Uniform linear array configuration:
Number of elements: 24
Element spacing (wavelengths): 0.25
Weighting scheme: cosine
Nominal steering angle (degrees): -30
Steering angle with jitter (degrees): -29.669
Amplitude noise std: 0.05
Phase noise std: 0.05

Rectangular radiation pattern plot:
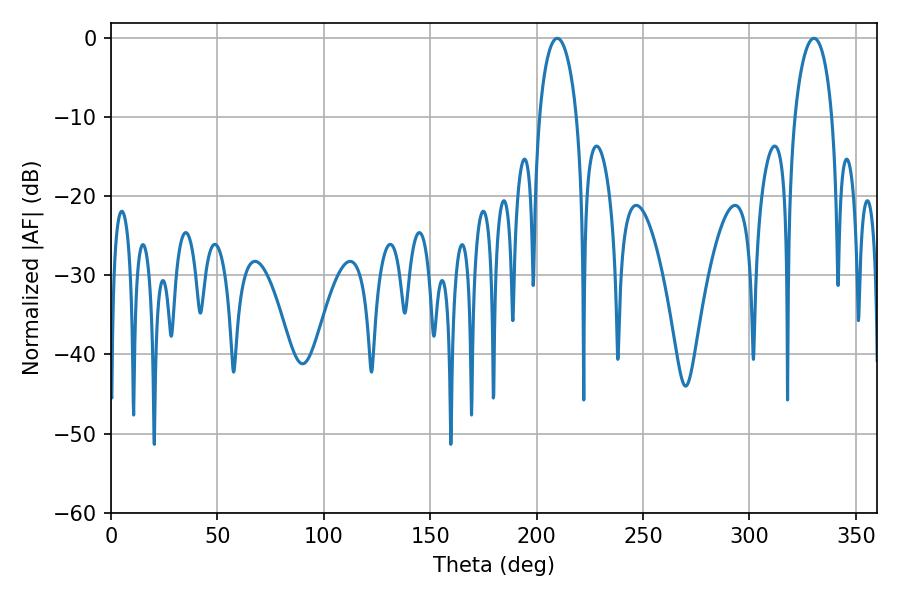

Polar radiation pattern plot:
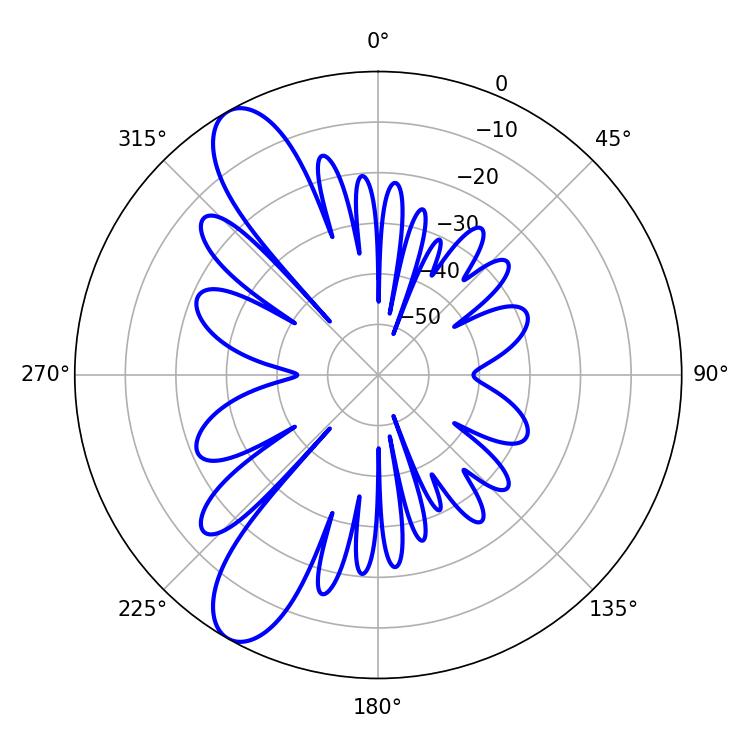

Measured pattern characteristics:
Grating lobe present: FALSE
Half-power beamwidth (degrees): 9.9
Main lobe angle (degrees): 209.7